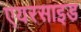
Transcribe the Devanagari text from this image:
एयरसाइड